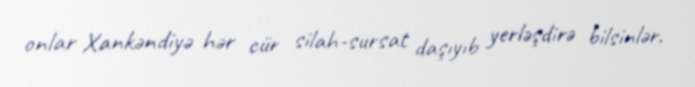
onlar Xankəndiyə hər cür silah-sursat daşıyıb yerləşdirə bilsinlər.